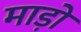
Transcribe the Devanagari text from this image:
माड़ो